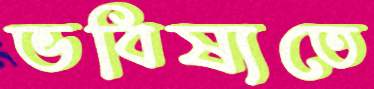
ভবিষ্যতে